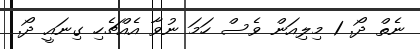
ނެތް ދޯ. 1 މިލިއަން ވެސް ހަމަ ނުވާ އެއްޗެހި ގިނައީ ދޯ.